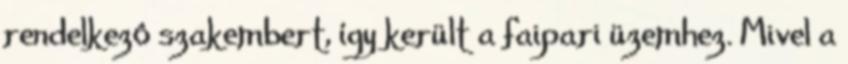
rendelkezô szakembert, így került a faipari üzemhez. Mivel a